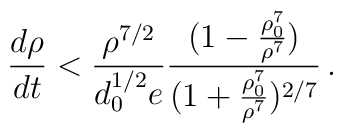
\frac{d \rho}{dt} < \frac{\rho^{7/2}}{d^{1/2}_{0}e}\frac{(1-\frac{\rho_{0}^{7}}{\rho^{7}})}{(1+\frac{\rho_{0}^{7}}{\rho^{7}})^{2/7}}\,.